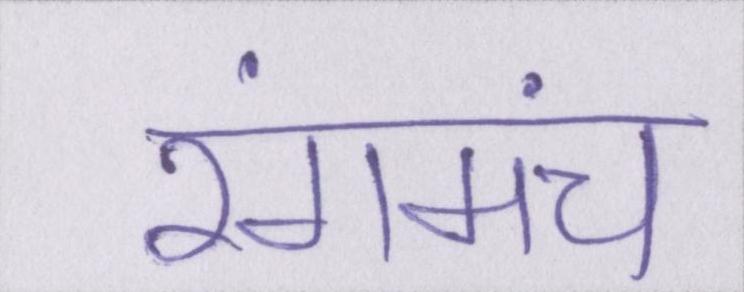
रंगमंच